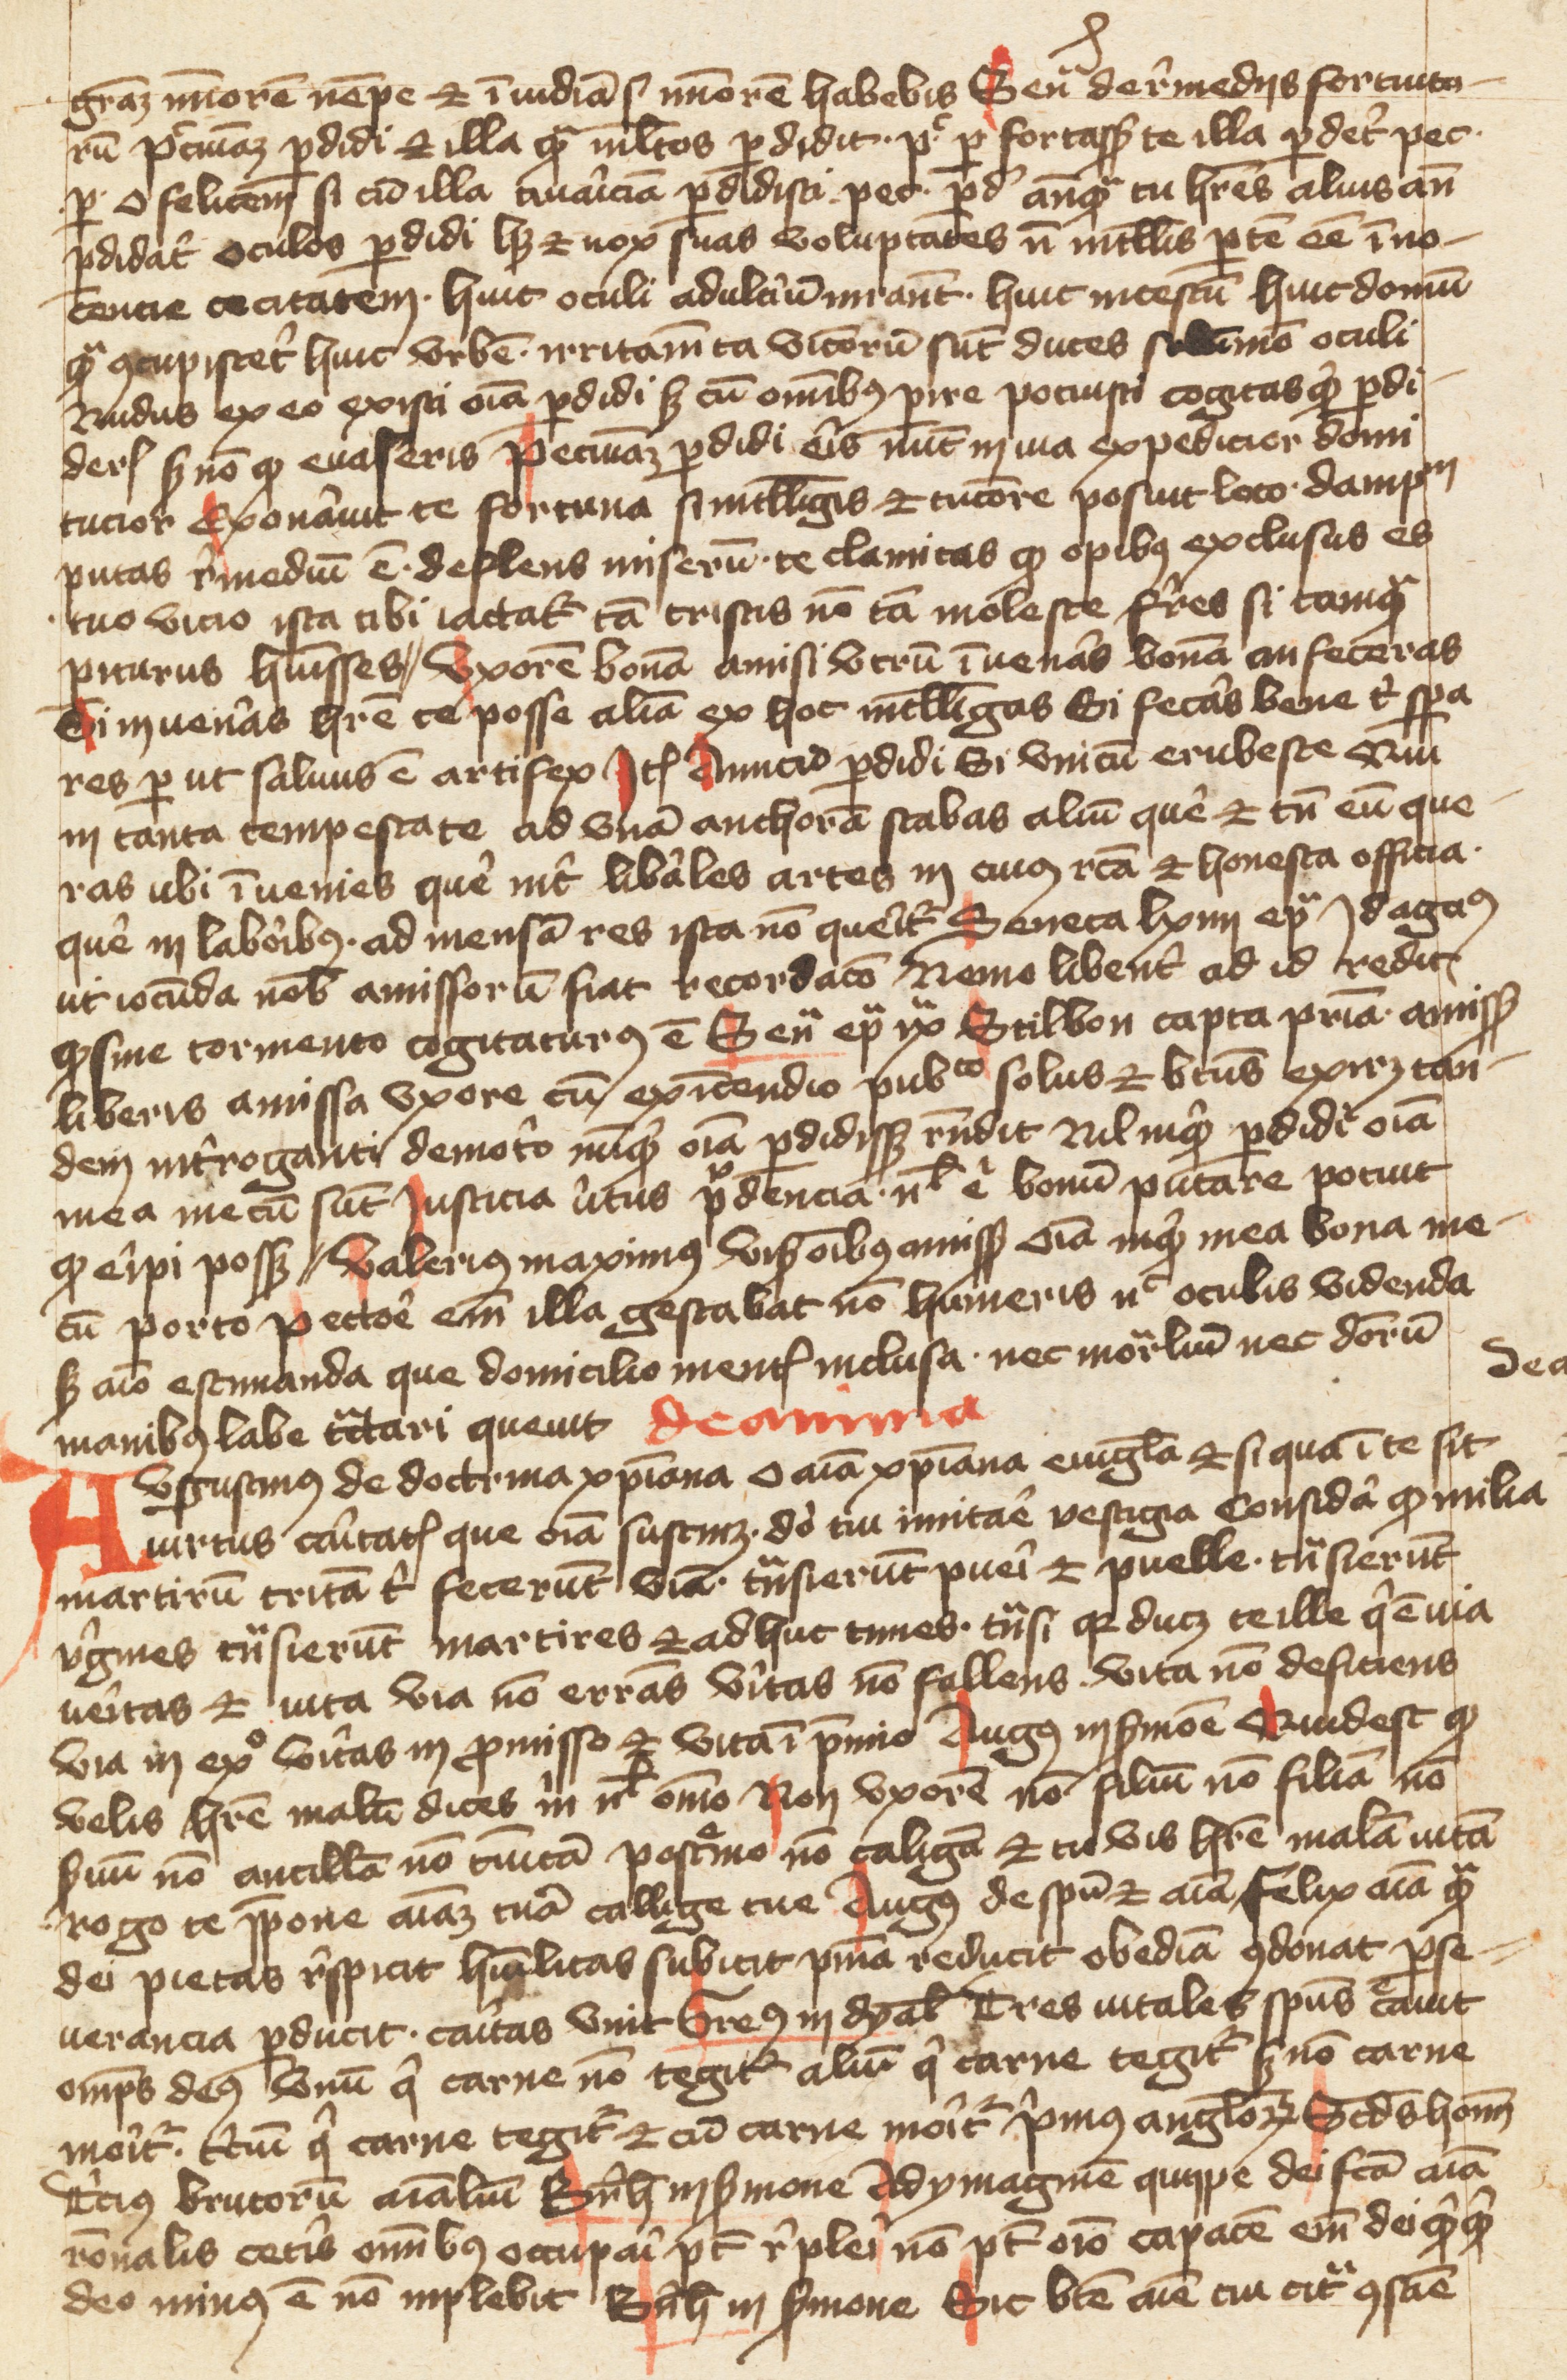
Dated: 1400–1499